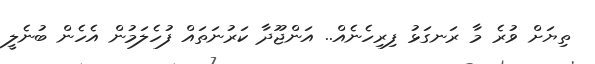
ތިޔަށް ވުރެ މާ ރަނގަޅު ފިރިހެނެއް.. އަންޖޫދާ ކަރުނަތައް ފުހެލަމުން އެހެން ބުނެލީ